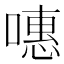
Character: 𠽡